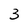
Character: 3